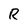
Character: R